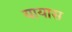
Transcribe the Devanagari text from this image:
यायास